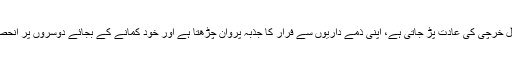
پرایا مال سمجھ کر فضول خرچی کی عادت پڑ جاتی ہے، اپنی ذمے داریوں سے فرار کا جذبہ پروان چڑھتا ہے اور خود کمانے کے بجائے دوسروں پر انحصار کا مزاج بن جاتا ہے۔